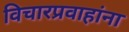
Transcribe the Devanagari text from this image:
विचारप्रवाहांना